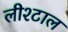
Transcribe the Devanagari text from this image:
लीश्टाल